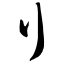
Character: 刂